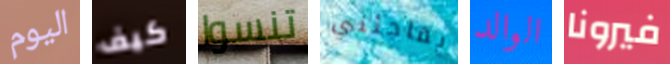
اليوم كيف تنسوا يفاجئني الوالد فيرونا